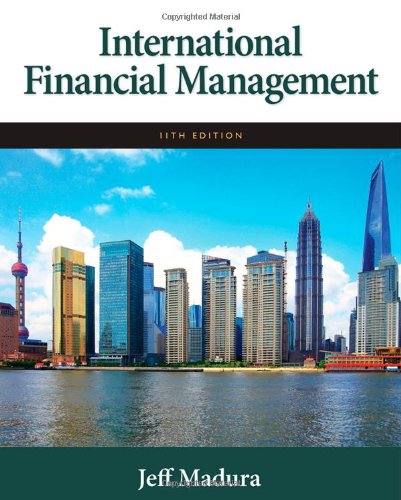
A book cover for International Financial Management; Jeff Madura; Business & Money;